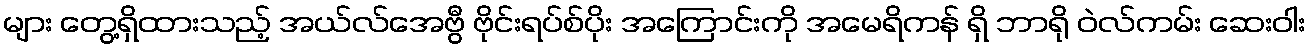
များ တွေ့ရှိထားသည့် အယ်လ်အေဗွီ ဗိုင်းရပ်စ်ပိုး အကြောင်းကို အမေရိကန် ရှိ ဘာရို ဝဲလ်ကမ်း ဆေးဝါး